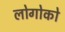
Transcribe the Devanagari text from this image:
लोगोको